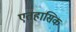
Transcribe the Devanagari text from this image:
एतहासिक